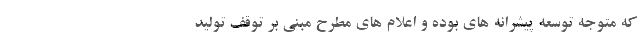
که متوجه توسعه پیشرانه های بوده و اعلام های مطرح مبنی بر توقف تولید